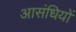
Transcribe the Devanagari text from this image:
आसंधियों